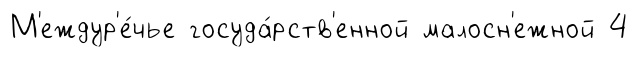
М'еждур'е́чье госуда́рств'енной малосн'ежной 4